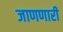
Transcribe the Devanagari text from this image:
जाणणारी